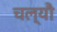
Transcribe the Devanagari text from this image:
चल्यौ